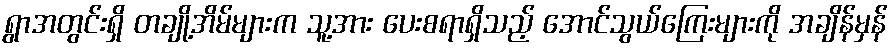
ရွာအတွင်းရှိ တချို့အိမ်များက သူ့အား ပေးစရာရှိသည့် အောင်သွယ်ကြေးများကို အချိန်မှန်